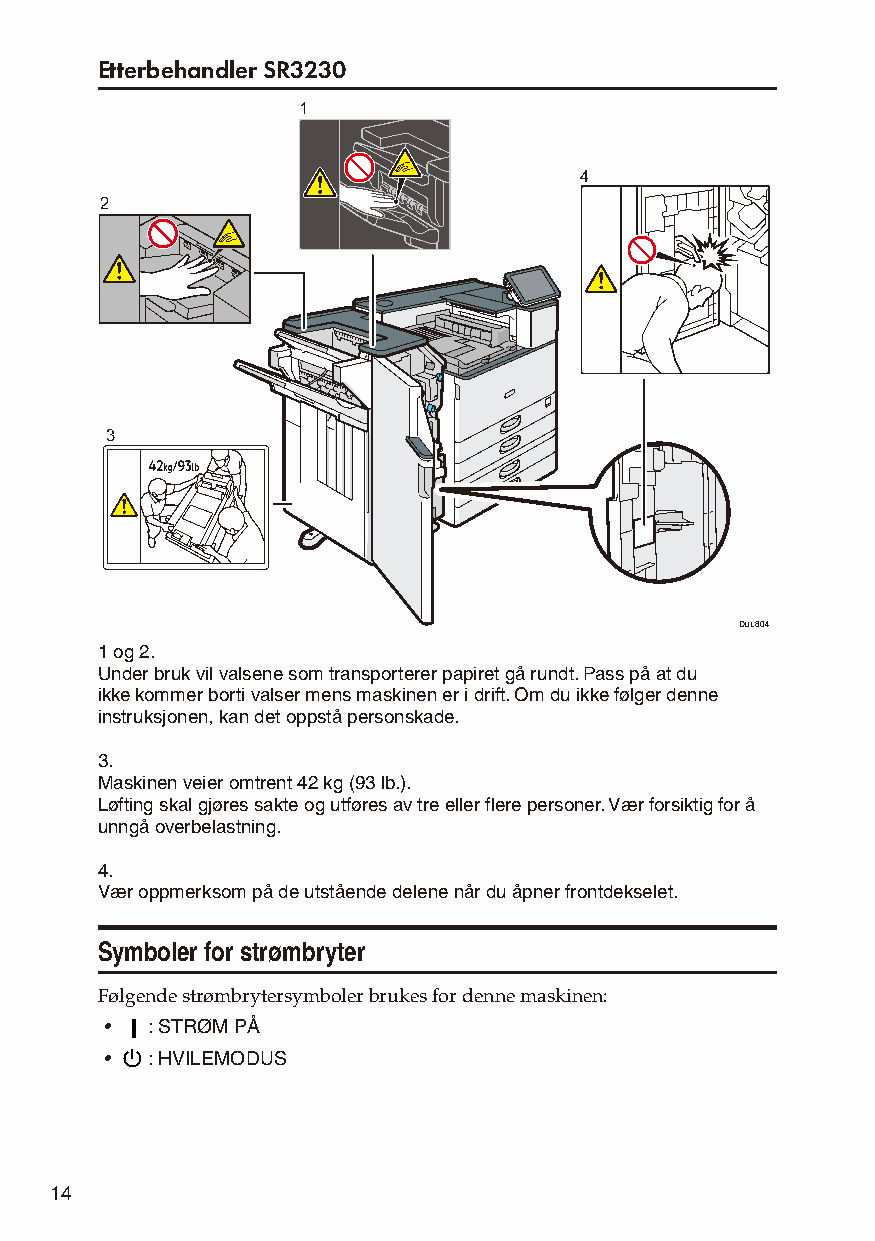
Etterbehandler SR3230
 1
 4
 2
 3
 DUL804
 1 og 2.
 Under bruk vil valsene som transporterer papiret gå rundt. Pass på at du
 ikke kommer borti valser mens maskinen er i drift. Om du ikke følger denne
 instruksjonen, kan det oppstå personskade.
 3.
 Maskinen veier omtrent 42 kg (93 lb.).
 Løfting skal gjøres sakte og utføres av tre eller flere personer. Vær forsiktig for å
 unngå overbelastning.
 4.
 Vær oppmerksom på de utstående delene når du åpner frontdekselet.
 Symboler for strømbryter
 Følgende strømbrytersymboler brukes for denne maskinen:
 •  : STRØM PÅ
 •  : HVILEMODUS
 14